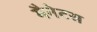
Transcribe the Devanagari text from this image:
मैनेटस